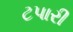
ટપારી